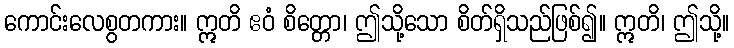
ကောင်းလေစွတကား။ ဣတိ ဧဝံ စိတ္တော၊ ဤသို့သော စိတ်ရှိသည်ဖြစ်၍။ ဣတိ၊ ဤသို့။